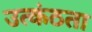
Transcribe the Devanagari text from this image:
उत्कंठता